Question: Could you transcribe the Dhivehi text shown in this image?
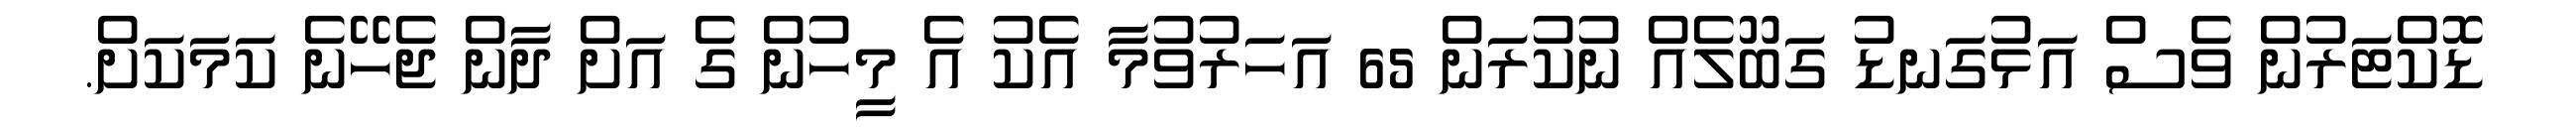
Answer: ޑޮކްޓަރުން ވެސް އަޅުގަނޑު ގަބޫލެއް ނުކުރަން 65 އަހަރުވުމާ އެކު އެ މީހުން ގެ އަށް ދާން ޖެހޭނެ ކަމަކަށް.